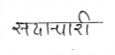
मजकूर: सदाचारी